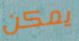
يمكن